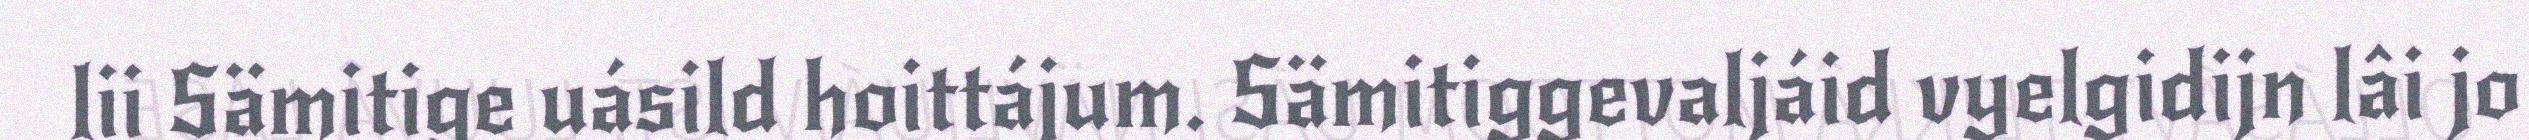
lii Sämitige uásild hoittájum. Sämitiggevaljáid vyelgidijn lâi jo